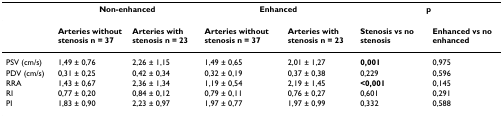
|  | <COLSPAN=2> Non-enhanced | <COLSPAN=2> Enhanced | <COLSPAN=2> p |
 | --- | --- | --- | --- | --- | --- | --- |
 |  | Arteries without stenosis n = 37 | Arteries with stenosis n = 23 | Arteries without stenosis n = 37 | Arteries with stenosis n = 23 | Stenosis vs no stenosis | Enhanced vs no enhanced |
 | PSV (cm/s) | 1,49 ± 0,76 | 2,26 ± 1,15 | 1,49 ± 0,65 | 2,01 ± 1,27 | 0,001 | 0,975 |
 | PDV (cm/s) | 0,31 ± 0,25 | 0,42 ± 0,34 | 0,32 ± 0,19 | 0,37 ± 0,38 | 0,229 | 0,596 |
 | RRA | 1,43 ± 0,67 | 2,36 ± 1,34 | 1,19 ± 0,54 | 2,19 ± 1,45 | <0,001 | 0,145 |
 | RI | 0,77 ± 0,20 | 0,84 ± 0,12 | 0,79 ± 0,11 | 0,76 ± 0,27 | 0,601 | 0,291 |
 | PI | 1,83 ± 0,90 | 2,23 ± 0,97 | 1,97 ± 0,77 | 1,97 ± 0,99 | 0,332 | 0,588 |